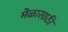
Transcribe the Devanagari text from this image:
मेळासाठी